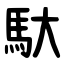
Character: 馱